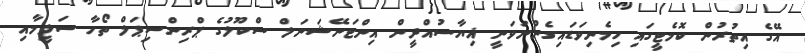
އޭގެ އިތުރުން ކޮމެޓީގައި ހިމެނިވަޑައިގެންނަވަނީ ޣިޔާސުއްދީން އިންޓަނޭޝަނަލް ސްކޫލުގެ ޕްރިންސިޕަލް ތޯހާ ސަލީމާއި